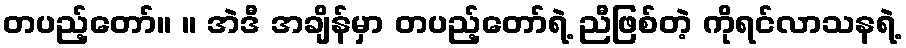
တပည့်တော်။ ။ အဲဒီ အချိန်မှာ တပည့်တော်ရဲ့ ညီဖြစ်တဲ့ ကိုရင်လာသနရဲ့